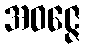
အဝဇ္ဇေ